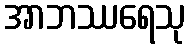
အာဘဿရေသု